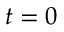
t = 0